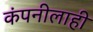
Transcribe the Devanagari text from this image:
कंपनीलाही